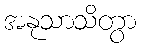
အနုသာသိတွာ